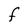
Character: F